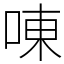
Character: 㖦